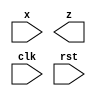
module seqdet (
    x,z,clk,rst
);
input x,clk,rst;
output z;
reg [2:0] state;
wire z;
parameter A =3'b001 ;
parameter B =3'b010 ;
parameter C = 3'b011;
parameter D = 3'b100;
parameter E = 3'b101;
endmodule